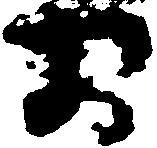
お